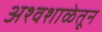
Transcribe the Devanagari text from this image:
अश्वशाळेतून